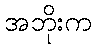
အဘိုးက